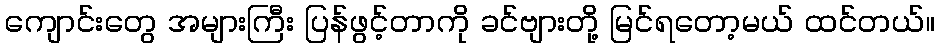
ကျောင်းတွေ အများကြီး ပြန်ဖွင့်တာကို ခင်ဗျားတို့ မြင်ရတော့မယ် ထင်တယ်။